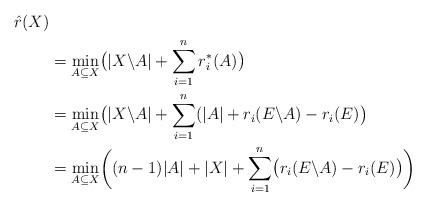
LaTeX: \begin{align*} \Hat{r}(X) \\ &= \min_{A\subseteq X} \bigl(|X\backslash A|+\sum_{i=1}^n r_i^*(A)\bigr) \\ &= \min_{A\subseteq X}\bigl(|X\backslash A|+\sum_{i=1}^n(|A|+r_i(E\backslash A)-r_i(E)\bigr) \\ &= \min_{A\subseteq X}\biggl((n-1)|A|+|X|+\sum_{i=1}^n\bigl(r_i(E\backslash A)-r_i(E)\bigr)\biggr) \end{align*}